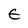
Character: E